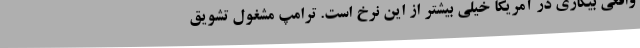
واقعی بیکاری در آمریکا خیلی بیشتر از این نرخ است. ترامپ مشغول تشویق